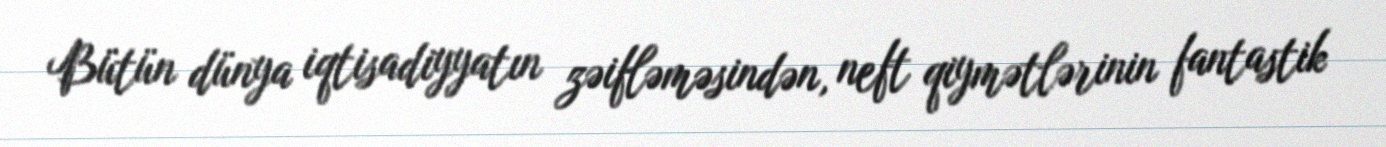
Bütün dünya iqtisadiyyatın zəifləməsindən, neft qiymətlərinin fantastik